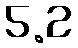
5.2